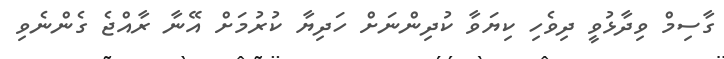
ގާސިމް ވިދާޅުވީ ދިވެހި ކިޔަވާ ކުދިންނަށް ހަދިޔާ ކުރުމަށް އޭނާ ރާއްޖެ ގެންނެވި